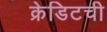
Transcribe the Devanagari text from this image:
क्रेडिटची